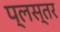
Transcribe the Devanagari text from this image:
प्लस्तर